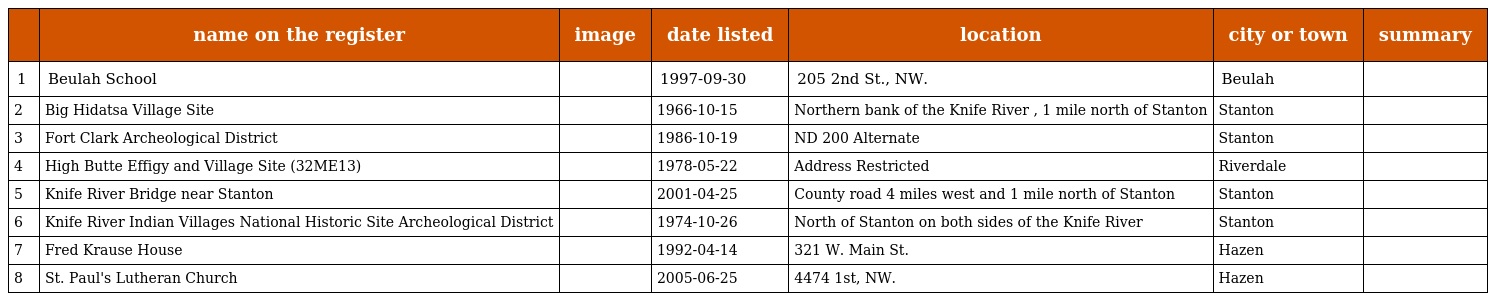
|  | name on the register | image | date listed | location | city or town | summary |
 | --- | --- | --- | --- | --- | --- | --- |
 | 1 | Beulah School |  | 1997-09-30 | 205 2nd St., NW. | Beulah |  |
 | 2 | Big Hidatsa Village Site |  | 1966-10-15 | Northern bank of the Knife River , 1 mile north of Stanton | Stanton |  |
 | 3 | Fort Clark Archeological District |  | 1986-10-19 | ND 200 Alternate | Stanton |  |
 | 4 | High Butte Effigy and Village Site (32ME13) |  | 1978-05-22 | Address Restricted | Riverdale |  |
 | 5 | Knife River Bridge near Stanton |  | 2001-04-25 | County road 4 miles west and 1 mile north of Stanton | Stanton |  |
 | 6 | Knife River Indian Villages National Historic Site Archeological District |  | 1974-10-26 | North of Stanton on both sides of the Knife River | Stanton |  |
 | 7 | Fred Krause House |  | 1992-04-14 | 321 W. Main St. | Hazen |  |
 | 8 | St. Paul's Lutheran Church |  | 2005-06-25 | 4474 1st, NW. | Hazen |  |